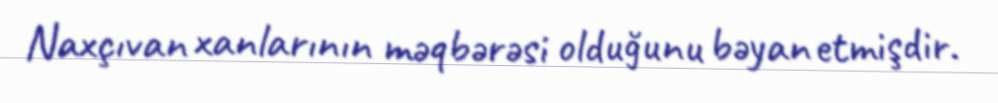
Naxçıvan xanlarının məqbərəsi olduğunu bəyan etmişdir.